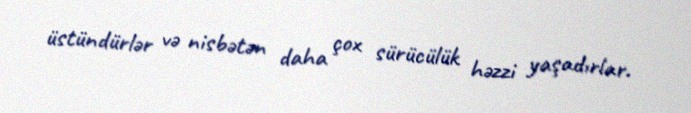
üstündürlər və nisbətən daha çox sürücülük həzzi yaşadırlar.